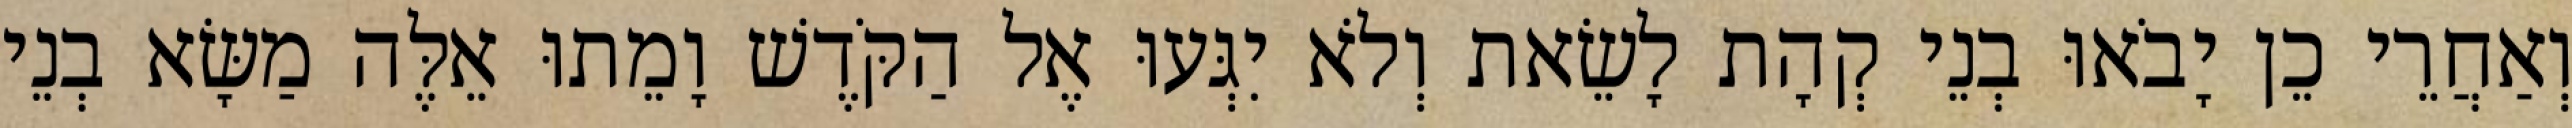
וְאַחֲרֵי כֵן יָבֹאוּ בְנֵי קְהָת לָשֵׂאת וְלֹא יִגְּעוּ אֶל הַקֹּדֶשׁ וָמֵתוּ אֵלֶּה מַשָּׂא בְנֵי